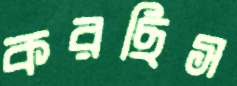
করছিস